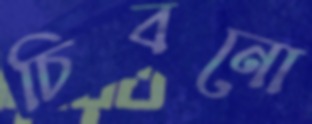
চিবনো